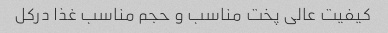
کیفیت عالی پخت مناسب و حجم مناسب غذا درکل